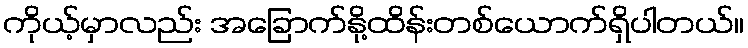
ကိုယ့်မှာလည်း အခြောက်နို့ထိန်းတစ်ယောက်ရှိပါတယ်။